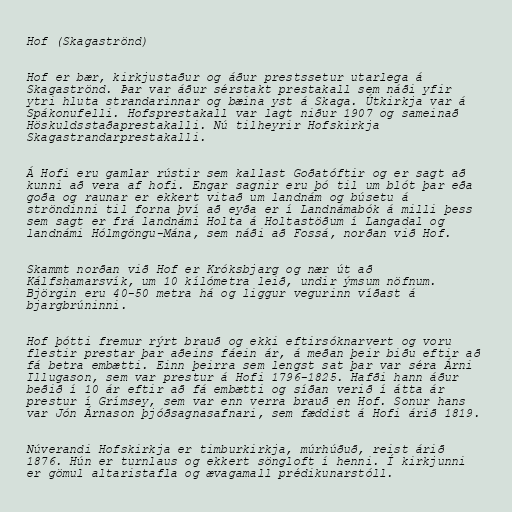
Hof (Skagaströnd)

Hof er bær, kirkjustaður og áður prestssetur utarlega á
Skagaströnd. Þar var áður sérstakt prestakall sem náði yfir
ytri hluta strandarinnar og bæina yst á Skaga. Útkirkja var á
Spákonufelli. Hofsprestakall var lagt niður 1907 og sameinað
Höskuldsstaðaprestakalli. Nú tilheyrir Hofskirkja
Skagastrandarprestakalli.

Á Hofi eru gamlar rústir sem kallast Goðatóftir og er sagt að
kunni að vera af hofi. Engar sagnir eru þó til um blót þar eða
goða og raunar er ekkert vitað um landnám og búsetu á
ströndinni til forna því að eyða er í Landnámabók á milli þess
sem sagt er frá landnámi Holta á Holtastöðum í Langadal og
landnámi Hólmgöngu-Mána, sem náði að Fossá, norðan við Hof.

Skammt norðan við Hof er Króksbjarg og nær út að
Kálfshamarsvík, um 10 kílómetra leið, undir ýmsum nöfnum.
Björgin eru 40-50 metra há og liggur vegurinn víðast á
bjargbrúninni.

Hof þótti fremur rýrt brauð og ekki eftirsóknarvert og voru
flestir prestar þar aðeins fáein ár, á meðan þeir biðu eftir að
fá betra embætti. Einn þeirra sem lengst sat þar var séra Árni
Illugason, sem var prestur á Hofi 1796-1825. Hafði hann áður
beðið í 10 ár eftir að fá embætti og síðan verið í átta ár
prestur í Grímsey, sem var enn verra brauð en Hof. Sonur hans
var Jón Árnason þjóðsagnasafnari, sem fæddist á Hofi árið 1819.

Núverandi Hofskirkja er timburkirkja, múrhúðuð, reist árið
1876. Hún er turnlaus og ekkert söngloft í henni. Í kirkjunni
er gömul altaristafla og ævagamall prédikunarstóll.